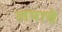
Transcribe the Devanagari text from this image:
लयाचे